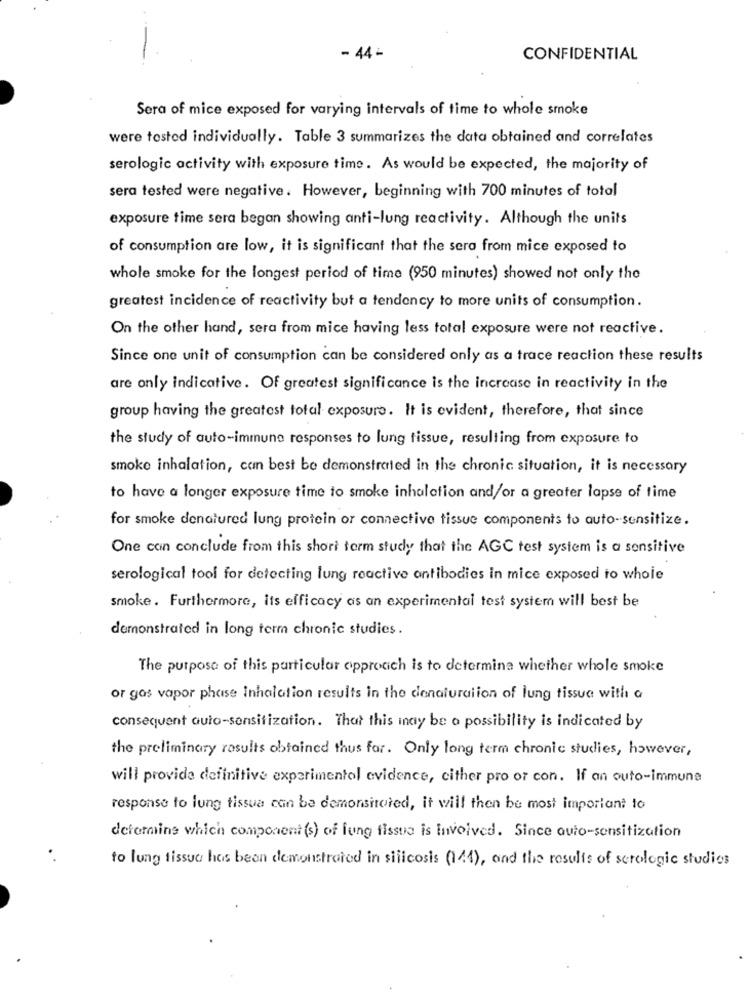
- 44-
CONFIDENTIAL
Sera of mice exposed for varying intervals of time to whole smoke
were tested individually. Table 3 summarizes the data obtained and correlates
serologic activity with exposure time. As would be expected, the majority of
sera tested were negative. However, beginning with 700 minutes of total
exposure time sera began showing anti-lung reactivity. Although the units
of consumption are low, it is significant that the sera from mice exposed to
whole smoke for the longest period of time (950 minutes) showed not only the
greatest incidence of reactivity but a tendency to more units of consumption.
On the other hand, sera from mice having less total exposure were not reactive.
Since one unit of consumption can be considered only as a trace reaction these results
are only indicative. Of greatest significance is the increase in reactivity in the
group having the greatest total exposure. It is evident, therefore, that since
the study of auto-immune responses to lung tissue, resulting from exposure to
smoke inhalation, can best be demonstrated in the chronic situation, it is necessary
to have a longer exposure time to smoke inhalation and/or a greater lapse of time
for smoke denatured lung protein or connective tissue components to auto-sensitize.
One coin conclude from this short term study that the AGC test system is a sensitive
serological tool for detecting lung reactive antibodies in mice exposed to whole
smoke . Furthermore, its efficacy as an experimental test system will best be
demonstrated in long term chronic studies .
The purpose of this particular cpprocich is to determine whether whole smoke
or gas vapor phase Inhalation results in the denaturation of lung tissue with a
consequent auto-sensitization. That this inay be o possibility is indicated by
the preliminary results obtained thus far. Only long term chronic studies, however,
will provide definitive experimentol evidence, cither pro or con. If an outo-immune
response to lung tissue can be demonstrated, it will then be most important to
determine which component (s) of lung tissue is involved. Since auto-sensitization
to lung tissue has been demonstrated in silicosis (144), and the results of serologic studios